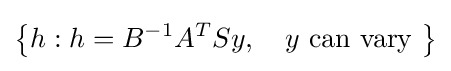
\left\{h:h=B^{-1}A^{T}Sy,\quad y{\text{ can vary }}\right\}